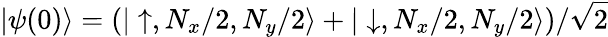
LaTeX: |\psi(0)\rangle=\left(|\uparrow,N_{x}/2,N_{y}/2\rangle+|\downarrow,N_{x}/2,N_{y}/2\rangle\right)/\sqrt{2}